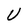
Character: U